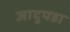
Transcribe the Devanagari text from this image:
जादुपडा